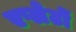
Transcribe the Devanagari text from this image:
एप्लेटों